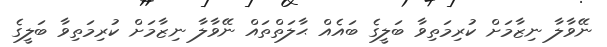
ނޭވާލާ ނިޒާމަށް ކުރިމަތިވާ ބަލީގެ ބައެއް ޙާލަތްތައް ނޭވާލާ ނިޒާމަށް ކުރިމަތިވާ ބަލީގެ